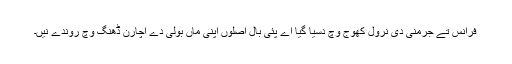
فرانس تے جرمنی دی نرول کھوج وچ دسیا گیا اے پئی بال اصلوں اپنی ماں بولی دے اُچارن ڈھنگ وچ روندے نیں۔